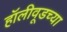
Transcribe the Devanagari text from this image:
हॉलीवूडच्या